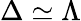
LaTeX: \Delta\simeq\Lambda